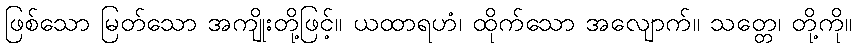
ဖြစ်သော မြတ်သော အကျိုးတို့ဖြင့်။ ယထာရဟံ၊ ထိုက်သော အလျောက်။ သတ္တေ၊ တို့ကို။